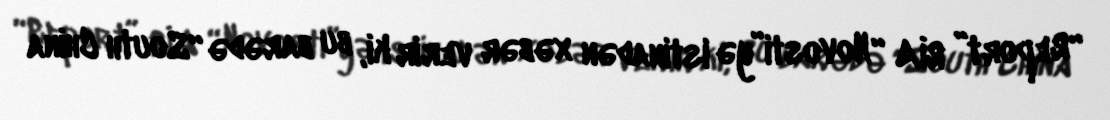
“Report” RİA “Novosti”yə istinadən xəbər verir ki, bu barədə “South China